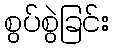
စွပ်စွဲခြင်း